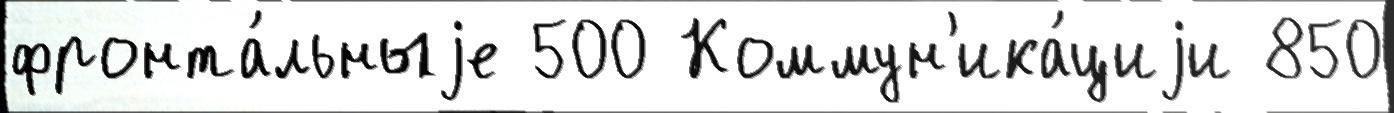
фронта́льныjе 500 Коммун'ика́циjи 850